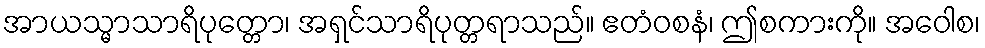
အာယသ္မာသာရိပုတ္တော၊ အရှင်သာရိပုတ္တရာသည်။ ဧတံဝစနံ၊ ဤစကားကို။ အဝေါစ၊